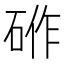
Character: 𮀟